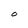
Character: O